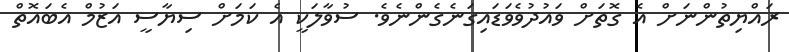
ރައްޔިތުންނަށް އެ ގޮތަށް ވައުދުވެވަޑައިގަނެގެންނެވެ. ސުވާލަކީ އެ ކަމަށް ސިޔާސީ އަޒުމް އެބައޮތް